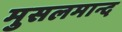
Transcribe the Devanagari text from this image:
मुसलमान्द